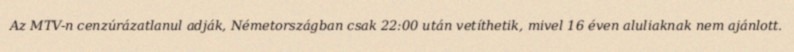
Az MTV-n cenzúrázatlanul adják, Németországban csak 22:00 után vetíthetik, mivel 16 éven aluliaknak nem ajánlott.